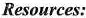
Resources: